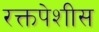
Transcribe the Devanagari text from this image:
रक्तपेशीस